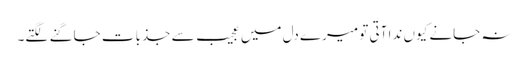
نہ جانے کیوں ندا آتی تو میرے دل میں عجیب سے جذبات جاگنے لگتے۔